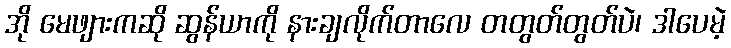
အို မေဖျားကဆို ဆွန်ယာကို နားချလိုက်တာလေ တတွတ်တွတ်ပဲ၊ ဒါပေမဲ့